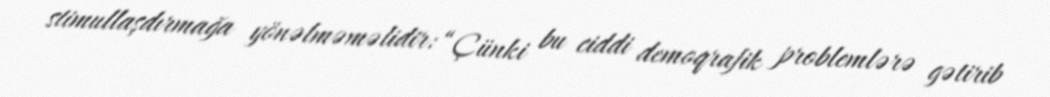
stimullaşdırmağa yönəlməməlidir: “Çünki bu ciddi demoqrafik problemlərə gətirib